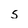
Character: 5